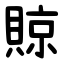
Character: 䝶